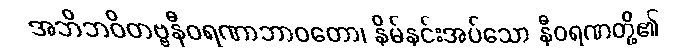
အဘိဘဝိတဗ္ဗနီဝရဏာဘာဝတော၊ နှိမ်နင်းအပ်သော နီဝရဏတို့၏